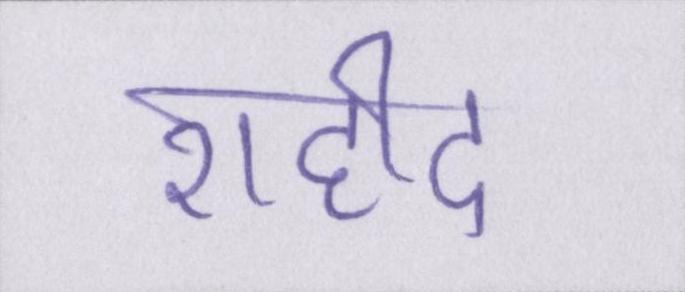
शहीद